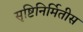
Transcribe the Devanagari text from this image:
सृष्टिनिर्मितीस